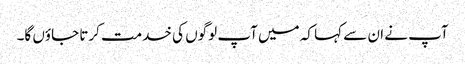
آپ نے ان سے کہا کہ میں آپ لوگوں کی خدمت کرتا جاؤں گا۔